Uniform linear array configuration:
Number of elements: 12
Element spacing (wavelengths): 0.75
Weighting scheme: hamming
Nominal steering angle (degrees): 45
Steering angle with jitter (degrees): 46.275
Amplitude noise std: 0.05
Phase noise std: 0.05

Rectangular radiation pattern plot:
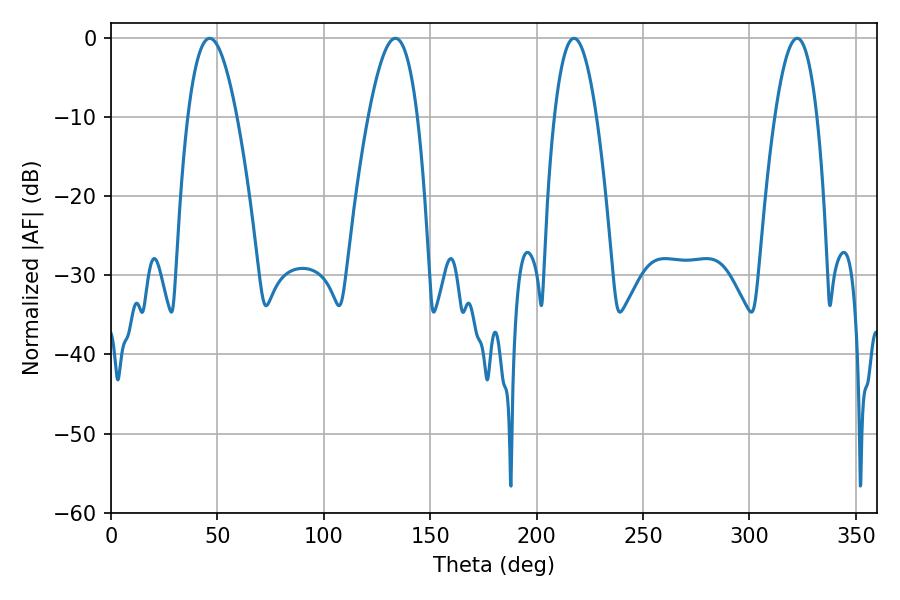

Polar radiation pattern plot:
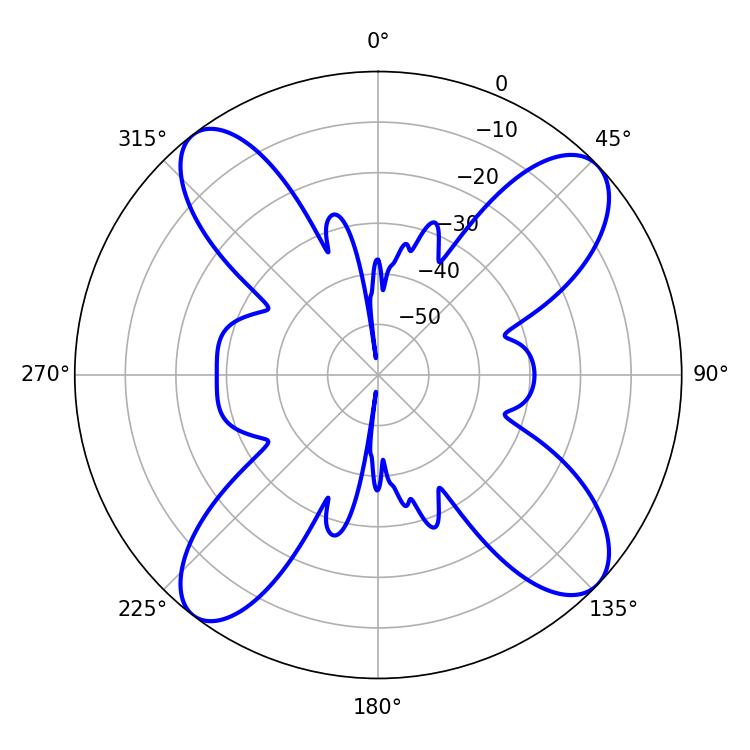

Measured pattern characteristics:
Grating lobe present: TRUE
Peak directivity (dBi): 13.236
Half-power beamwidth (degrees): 10.8
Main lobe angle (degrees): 322.38